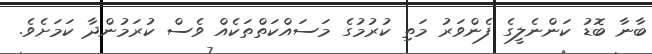
ބާނާ ބޮޑު ކަންނެލީގެ ފެންވަރު މަތި ކުރުމުގެ މަސައްކަތްތަކެއް ވެސް ކުރަމުންދާ ކަމަށެވެ.